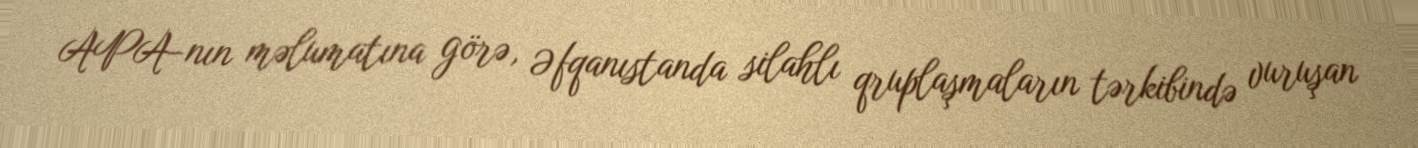
APA-nın məlumatına görə, Əfqanıstanda silahlı qruplaşmaların tərkibində vuruşan